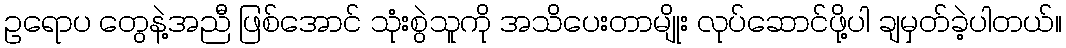
ဥရောပ တွေနဲ့အညီ ဖြစ်အောင် သုံးစွဲသူကို အသိပေးတာမျိုး လုပ်ဆောင်ဖို့ပါ ချမှတ်ခဲ့ပါတယ်။